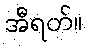
အီရတ်။